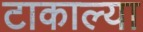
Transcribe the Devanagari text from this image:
टाकाल्या